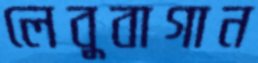
লেবুবাগান